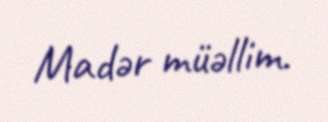
Madər müəllim.